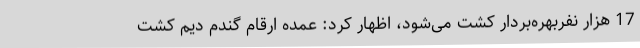
17 هزار نفربهره‌بردار کشت می‌شود، اظهار کرد: عمده ارقام گندم دیم کشت